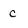
Character: c